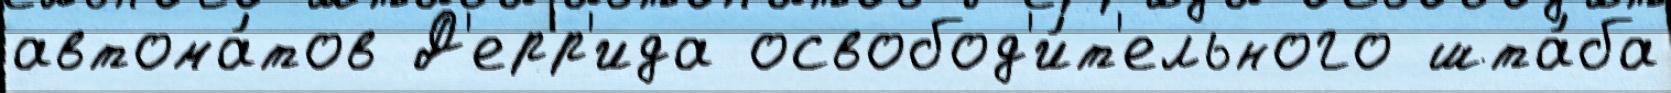
автома́тов Д'ерр'ида освобод'и́т'ельного шта́ба